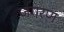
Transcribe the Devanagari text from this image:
जगरण